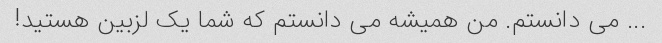
... می دانستم. من همیشه می دانستم که شما یک لزبین هستید!